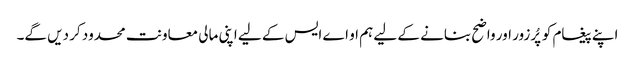
اپنے پیغام کو پُرزور اور واضح بنانے کے لیے ہم او اے ایس کے لیے اپنی مالی معاونت محدود کر دیں گے۔